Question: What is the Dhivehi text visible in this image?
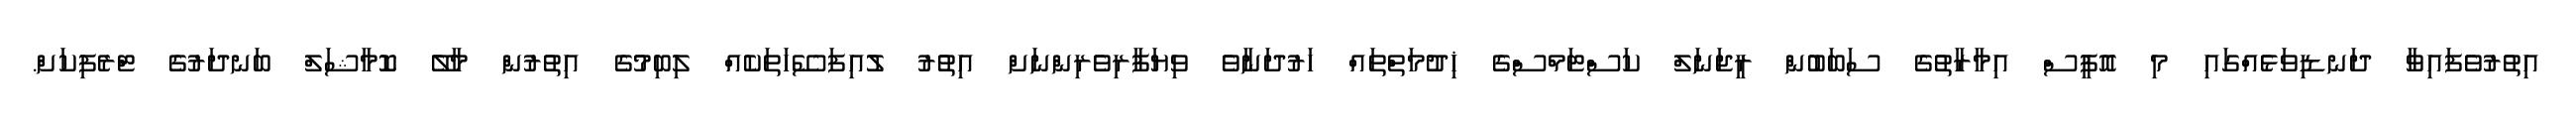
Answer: އިތުރުވެފައިވާ ދަނޑިވަޅެއްގައި މި އޮފީސް އިމާރާތުގެ ސަބަބުން ރީޖަނަލް ކަސްޓަމްސްގެ ޚިދުމަތްތައް ހަރުދަނާވެ ވިޔަފާރިވެރިންނަށް އިތުރު ލުއިފަސޭހަތަކެއް ލިބިމުގެ އިތުރުން މާލޭ ކޮމާޝަލް ބަނދަރުގެ ޓްރެފިކަށް.